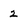
Character: 2